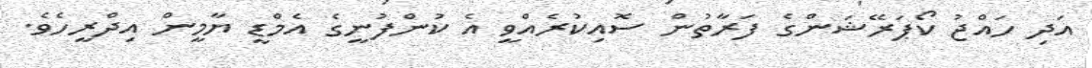
އަދި ހައްޖު ކޯޕަރޭޝަންގެ ފަރާތުން ސޮއިކުރެއްވީ އެ ކުންފުނީގެ އެމްޑީ ޔާމީން އިދްރީހެވެ.